Vaccine operations Central Provinces 1886-1899 - 1886-1899
Year: 1886
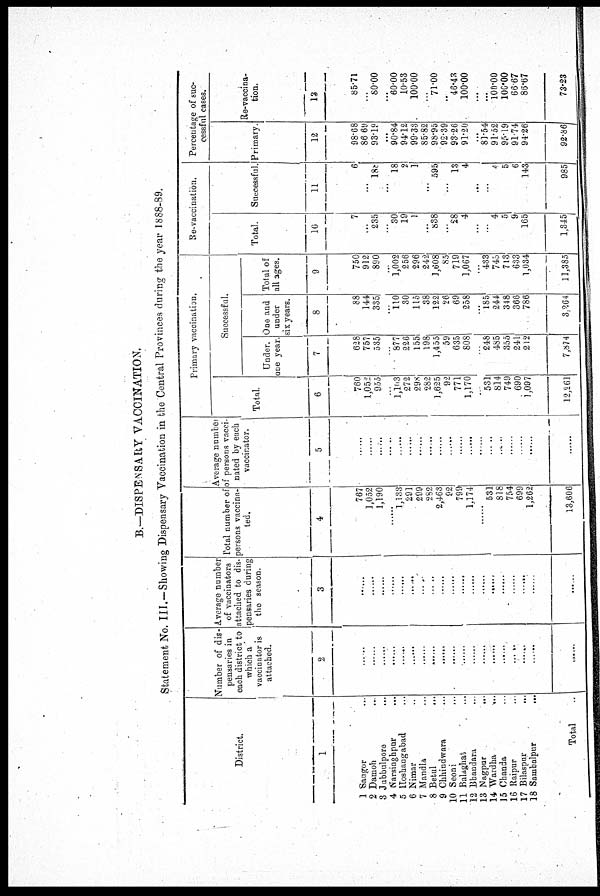
B.—DISPENSARY VACCINATION.
Statement No. III.—Showing Dispensary Vaccination in the Central Provinces during the year 1888-89.
District.
1
1
2
3
4
5
6
7
8
9
10
11
12
13
14
15
16
17
18
Saugor ...
Damoh ...
Jubbulpore ...
Narsinghpur ...
Hoshangabad ...
Nimar ...
Mandla ...
Betul ...
Chhindwara ...
Seoni ...
Balaghat ...
Bhandara ...
Nagpur
...
Wardha ...
Chanda ...
Raipur ...
Bilaspur ...
Sambalpur
...
Total ...
Number of dis-
pensaries in
each district to
which a
vaccinator is
attached.
2
......
......
......
......
......
......
......
......
......
......
......
......
......
......
......
......
......
......
......
Average number
of vaccinators
attached to dis-
pensaries during
the season.
3
......
......
......
......
......
......
......
......
......
......
......
......
......
......
......
......
......
......
......
Total number of
persons vaccina-
ted.
4
767
1,052
1,190
......
1,133
291
299
282
2,463
92
799
1,174
......
531
818
754
699
1,262
13,606
Average number
of persons vacci-
nated by each
vaccinator.
5
......
......
......
......
......
......
......
......
......
......
......
......
......
.....
......
......
......
......
......
Primary vaccination.
Total.
6
760
1,052
955
...
1,103
272
298
282
1,625
92
771
1,170
...
531
814
749
690
1,097
12,261
Successful.
Under
one year.
7
628
757
535
...
877
226
155
198
1,455
59
635
808
...
248
485
355
241
212
7,874
One and
under
six years.
8
88
144
335
...
110
30
115
38
122
26
69
258
...
185
244
348
366
786
3,264
Total of
all ages.
9
750
912
890
...
1,002
256
296
242
1,608
85
719
1,067
...
433
745
713
633
1,034
11,385
Re- vaccination.
Total.
10
7
...
235
...
30
19
1
...
838
...
28
4
...
...
4
5
9
165
1,345
Successful.
11
6
...
188
...
18
2
1
...
595
...
13
4
...
...
4
5
6
143
985
Percentage of suc-
cessful cases.
Primary.
12
98.68
86.69
93.19
...
90.84
94.12
99.33
85.82
98.95
92.39
93.26
91.20
...
81.54
91.52
95.19
91.74
94.26
92.86
Re-vaccina-
tion.
13
85.71
...
80.00
...
60.00
10.53
100.00
...
71.00
...
46.43
100.00
...
...
100.00
100.00
66.67
86.67
73.23